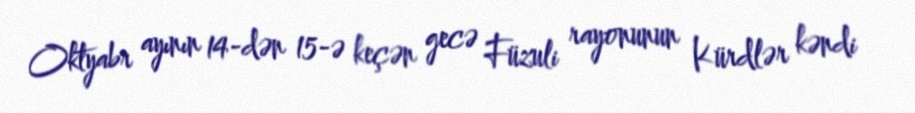
Oktyabr ayının 14-dən 15-ə keçən gecə Füzuli rayonunun Kürdlər kəndi